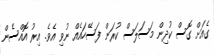
ގެއަށް ގޮސް ކުދިން މަސަލަސް ކުރަން ފަސޭހައެއް ނުވި އެވެ. އިރު އޮއްސެން